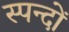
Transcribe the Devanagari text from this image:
स्पन्दों